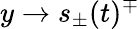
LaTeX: y\to s_{\pm}(t)^{\mp}